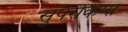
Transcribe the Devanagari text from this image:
सुपरकिंग्स